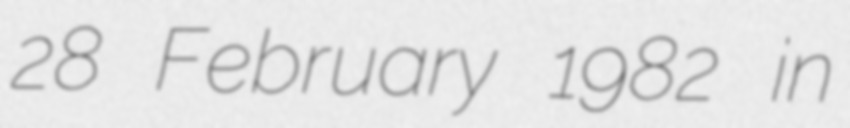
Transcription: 28 February 1982 in